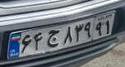
۶۴ج۸۳۹۹۱